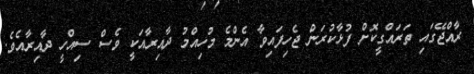
ރާއްޖޭގައި ތަރައްގީކޮށް ފުޅާކުރަން ޖެހިފައިވާ އެންމެ މުހިއްމު ދާއިރާއަކީ ވެސް ސިއްހީ ދާއިރާއެވެ.